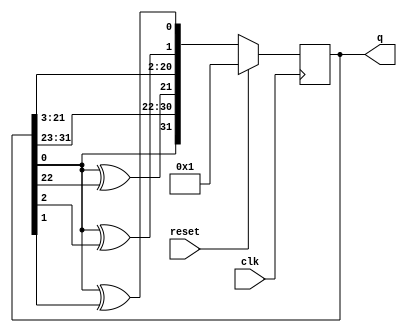
module top_module(
    input clk,
    input reset,    // Active-high synchronous reset to 32'h1
    output [31:0] q
); 
reg [31:0] q_reg;
// always @(posedge clk)begin
//     if(reset)begin
//         q_reg <= 32'h1;
//     end
//     else begin
//         q_reg[31] <= q_reg[0];
//         q_reg[21] <= q_reg[22] ^ q_reg[0];
//         q_reg[1] <= q_reg[2] ^ q_reg[0];
//         q_reg[0] <= q_reg[1] ^ q_reg[0];
//         q_reg[30:22] <= q_reg[30:22];
//         q_reg[20:2] <= q_reg[20:2];
//     end
// end
// assign q = q_reg;


    reg [31:0]	q_next;
    always@(*)begin
        q_next = {q[0], q[31:1]};
        q_next[21] = q[0] ^ q[22];
        q_next[1] = q[0] ^ q[2];
        q_next[0] = q[0] ^ q[1];
    end
    
    always@(posedge clk)begin
        if(reset)begin
            q_reg <= 32'd1;
        end
        else begin
            q_reg <= q_next;
        end
    end
    assign q = q_reg;
endmodule